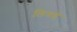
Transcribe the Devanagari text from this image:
लिगडे